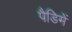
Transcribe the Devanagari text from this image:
पैडिमें